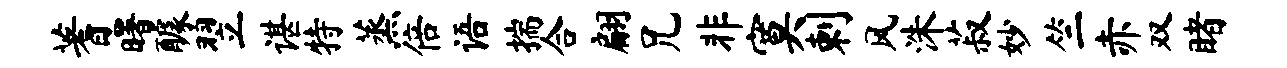
蓍曙醵翌谌特蒸倍语揣合翩兄非寞剌风洙菽妙竺赤双睹